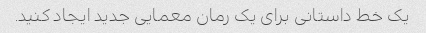
یک خط داستانی برای یک رمان معمایی جدید ایجاد کنید.